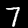
Digit: 7